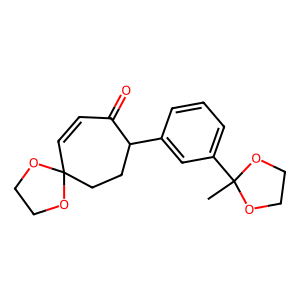
SMILES: CC1(c2cccc(C3CCC4(C=CC3=O)OCCO4)c2)OCCO1
Inhibits HIV replication: No